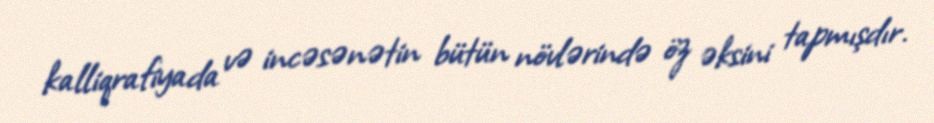
kalliqrafiyada və incəsənətin bütün növlərində öz əksini tapmışdır.